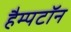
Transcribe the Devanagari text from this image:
हैम्पटॉन